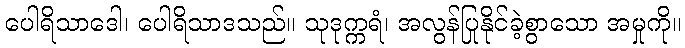
ပေါရိသာဒေါ၊ ပေါရိသာဒသည်။ သုဒုက္ကရံ၊ အလွန်ပြုနိုင်ခဲ့စွာသော အမှုကို။